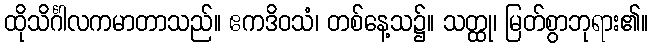
ထိုသိင်္ဂါလကမာတာသည်။ ဧကဒိဝသံ၊ တစ်နေ့သ၌။ သတ္ထု၊ မြတ်စွာဘုရား၏။